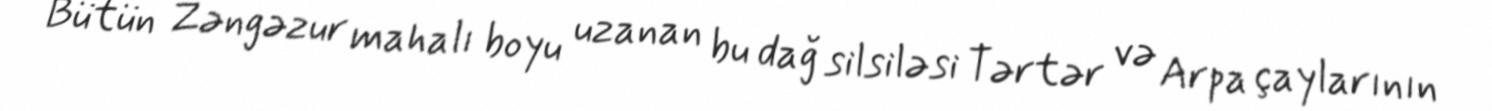
Bütün Zəngəzur mahalı boyu uzanan bu dağ silsiləsi Tərtər və Arpa çaylarının